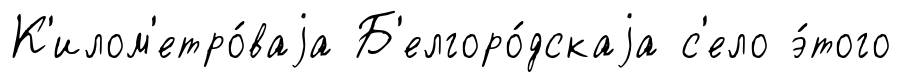
К'илом'етро́ваjа Б'елгоро́дскаjа с'ело э́того